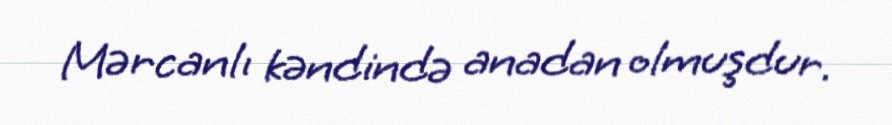
Mərcanlı kəndində anadan olmuşdur.